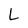
Character: L